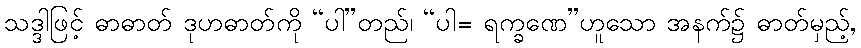
သဒ္ဒါဖြင့် ဓာဓာတ် ဒုဟဓာတ်ကို “ပါ”တည်၊ “ပါ= ရက္ခဏေ”ဟူသော အနက်၌ ဓာတ်မှည့်,